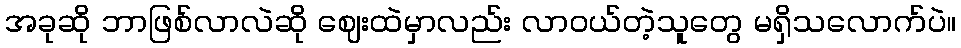
အခုဆို ဘာဖြစ်လာလဲဆို ဈေးထဲမှာလည်း လာဝယ်တဲ့သူတွေ မရှိသလောက်ပဲ။